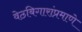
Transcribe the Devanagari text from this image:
वेठबिगारांप्रमाणे